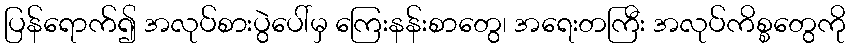
ပြန်ရောက်၍ အလုပ်စားပွဲပေါ်မှ ကြေးနန်းစာတွေ၊ အရေးတကြီး အလုပ်ကိစ္စတွေကို